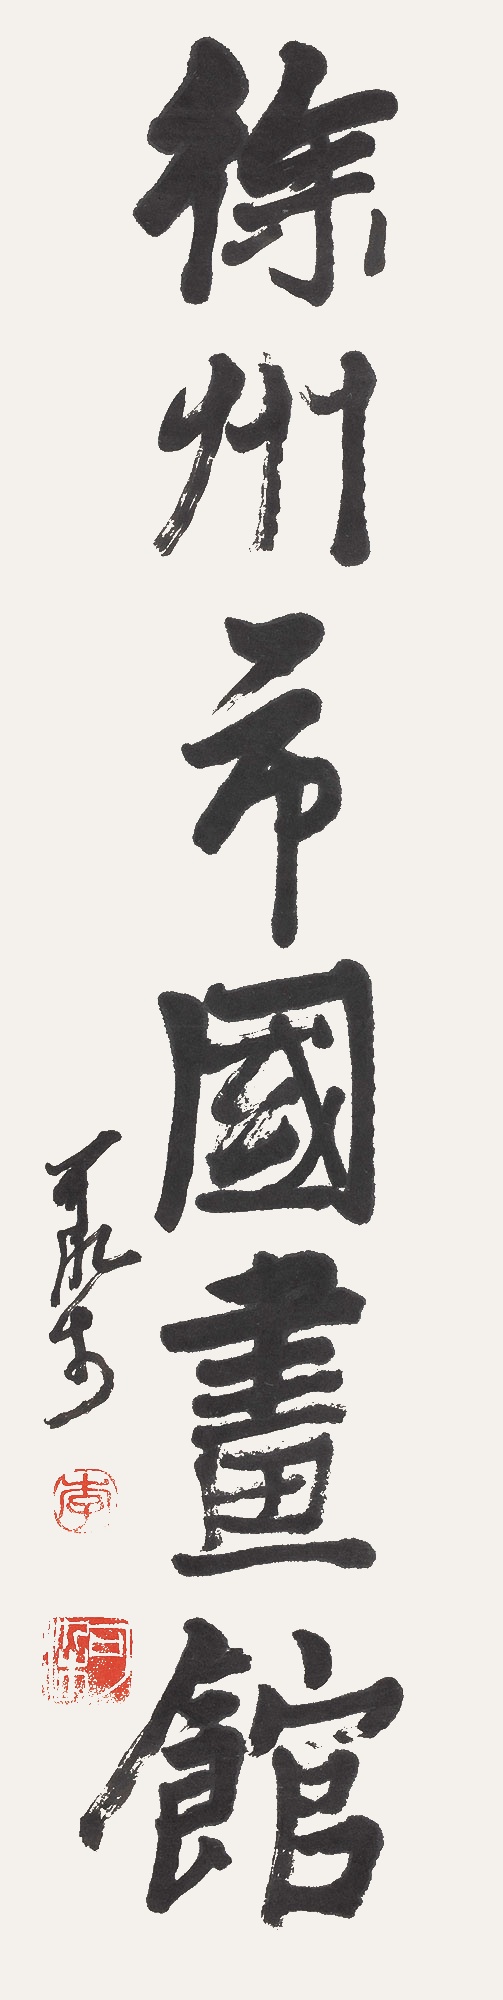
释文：徐州市国画馆可染。